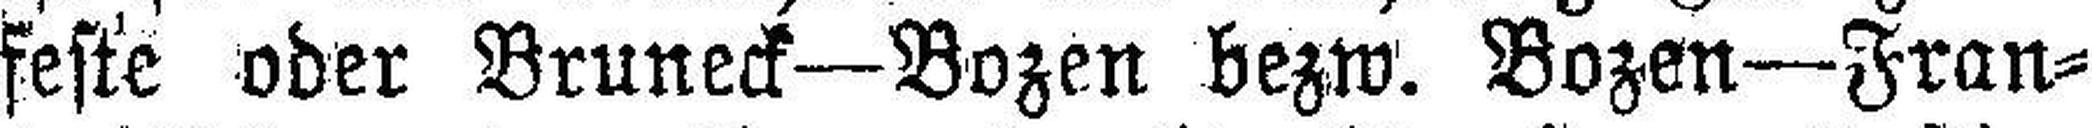
feste oder Bruneck—Bozen bezw. Bozen—Fran¬